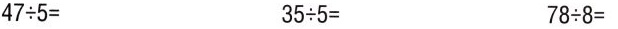
$$47 \div 5=$$ $$35 \div 5=$$ $$78 \div 8=$$